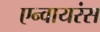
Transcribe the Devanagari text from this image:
एन्वायरंस